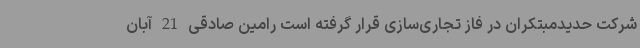
شرکت حدیدمبتکران در فاز تجاری‌سازی قرار گرفته است رامین صادقی 21 آبان